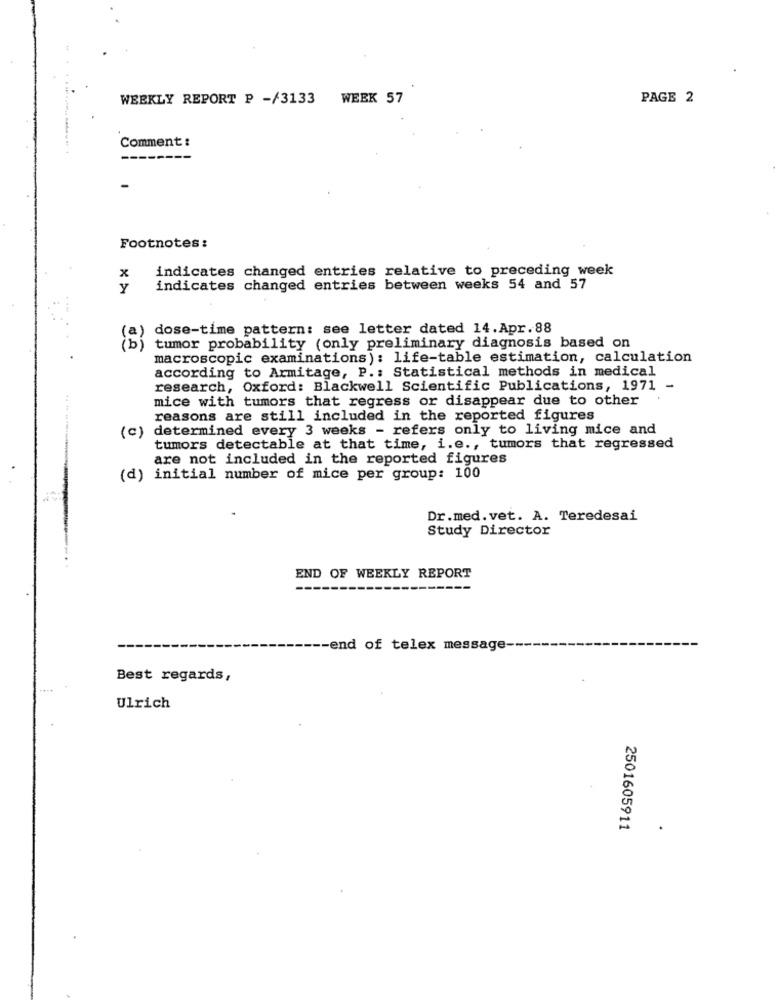
WEEKLY REPORT P -/3133 WEEK 57
PAGE 2
Comment :
----
----
Footnotes:
indicates changed entries relative to preceding week
x
Y
indicates changed entries between weeks 54 and 57
dose-time pattern: see letter dated 14.Apr.88
tumor probability (only preliminary diagnosis based on
macroscopic examinations): life-table estimation, calculation
according to Armitage, P .: Statistical methods in medical
research, Oxford: Blackwell Scientific Publications, 1971 -
mice with tumors that regress or disappear due to other
.
reasons are still included in the reported figures
(c) determined every 3 weeks - refers only to living mice and
tumors detectable at that time, i.e ., tumors that regressed
are not included in the reported figures
(d) initial number of mice per group: 100
Dr.med.vet. A. Teredesai
Study Director
END OF WEEKLY REPORT
-end of telex message-
Best regards,
Ulrich
2501605911